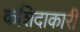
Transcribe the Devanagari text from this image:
कशिदाकारी